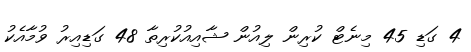
4 ގަޑި 45 މިނެޓް ކުރިން ލިއުން ޝާއިއުކުރިތާ 48 ގަޑިއިރު ވުމާއެކު